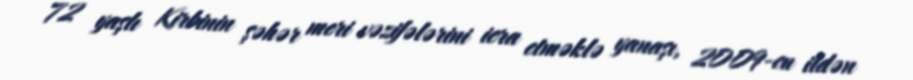
72 yaşlı Kirbinin şəhər meri vəzifələrini icra etməklə yanaşı, 2009-cu ildən